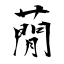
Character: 蕑